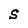
Character: S